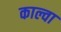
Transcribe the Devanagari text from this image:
काल्वा